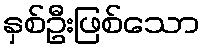
နှစ်ဦးဖြစ်သော